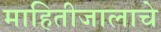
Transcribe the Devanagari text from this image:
माहितीजालाचे